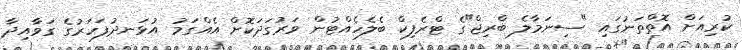
ކުރިއަށް އޮތްތަނުގައި "ސިނަމާލެ ބްރިޖް"ގެ ޓްރެފިކް ބެލެހެއްޓުން ވަރުގަދަކޮށް އެއްގަމު އުޅަނދުފަހަރުގެ ގަވާއިދާ